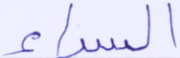
السراء